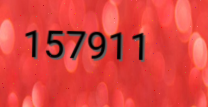
157911